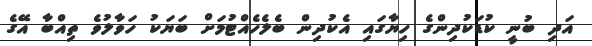
އަދި ބުނީ ކުޑަކުދިންގެ ހިޔާގައި އެކުދިން ބެލެހެއްޓުމަށް ބަޔަކު ހަވާލުވެ ތިއްބާ އޭގެ